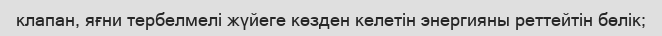
клапан, яғни тербелмелі жүйеге көзден келетін энергияны реттейтін бөлік;